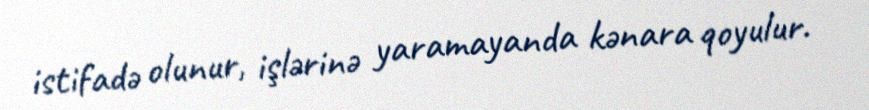
istifadə olunur, işlərinə yaramayanda kənara qoyulur.